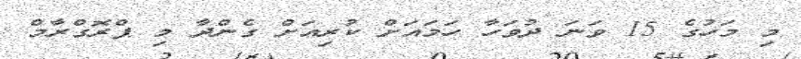
މި މަހުގެ 15 ވަނަ ދުވަހާ ހަމައަށް ކުރިއަށް ގެންދާ މި ޕްރޮގްރާމް